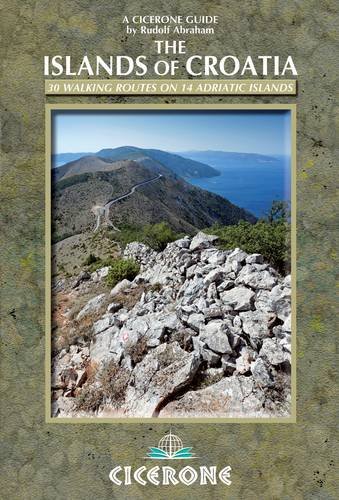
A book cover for The Islands of Croatia: 30 walks on 14 Adriatic islands; Rudolf Abraham; Travel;